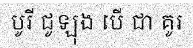
បូរី ជូឡុង បើ ជា គូរ